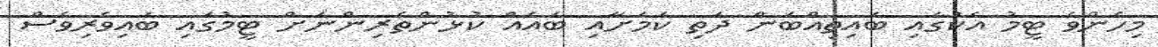
މިހެންވެ ޓީމު އެކުގައި ބައިތިއްބަން ދަތި ކަމަށާއި ބައެއް ކުޅުންތެރިންނަށް ޓީމުގައި ބައިވެރިވެސް